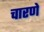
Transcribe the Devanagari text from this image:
चारणे